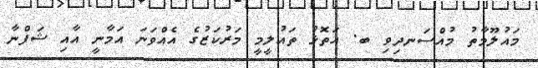
މައުލޫމާތު މުއްސަނދިވި ބ. އަތޮޅު ތައުލީމީ މަރުކަޒުގެ އެއްވަނަ އަމާނީ އާއި ޝަފްނާ